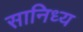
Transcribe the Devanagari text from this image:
सानिध्‍य